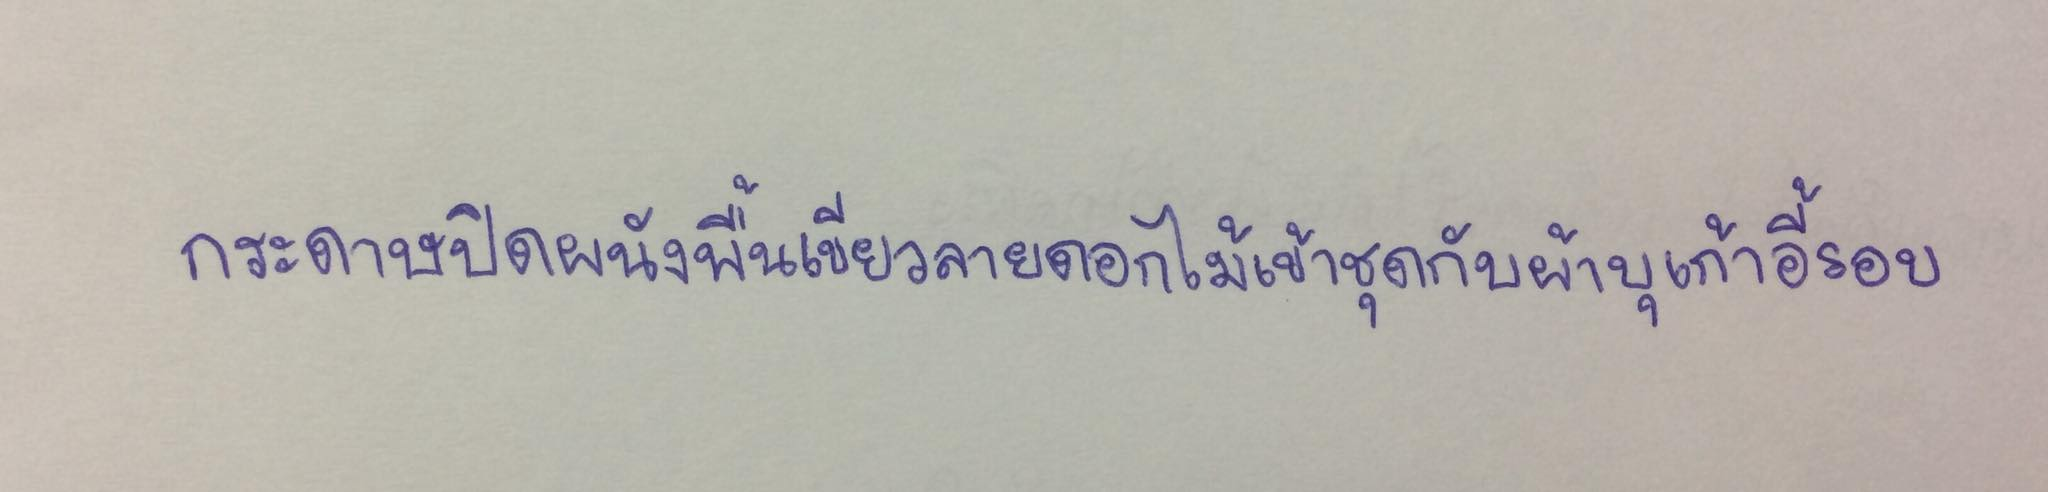
กระดาษปิดผนังพื้นเขียวลายดอกไม้เข้าชุดกับผ้าบุเก้าอี้รอบ